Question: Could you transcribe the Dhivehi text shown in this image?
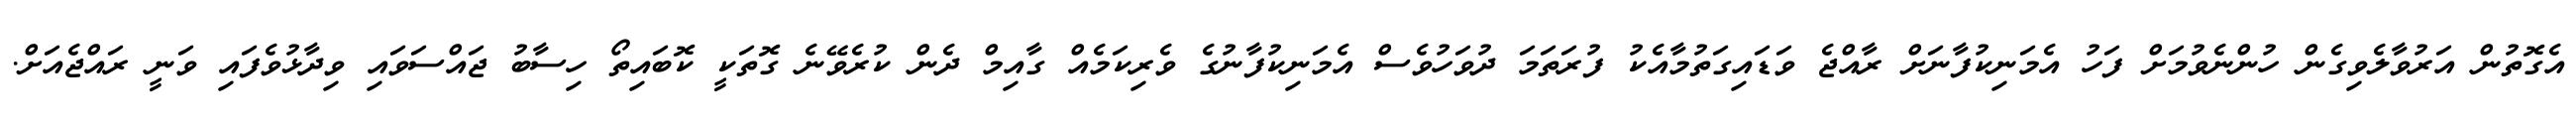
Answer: އެގޮތުން އަރުވާލެވިގެން ހުންނެވުމަށް ފަހު އެމަނިކުފާނަށް ރާއްޖެ ވަޑައިގަތުމާއެކު ފުރަތަމަ ދުވަހުވެސް އެމަނިކުފާނުގެ ވެރިކަމެއް ގާއިމް ދެން ކުރެވޭނެ ގޮތަކީ ކޮބައިތޯ ހިސާބު ޖައްސަވައި ވިދާޅުވެފައި ވަނީ ރައްޖެއަށް.